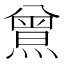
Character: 𤎰